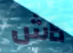
داش